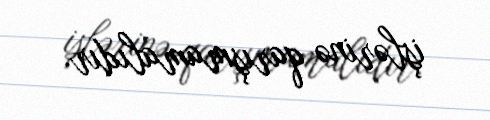
işlərinə qarışmamalıdır.